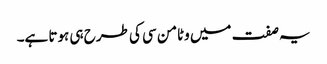
یہ صفت میں وٹامن سی کی طرح ہی ہوتا ہے۔